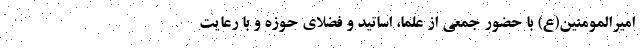
امیرالمومنین(ع) با حضور جمعی از علما، اساتید و فضلای حوزه و با رعایت